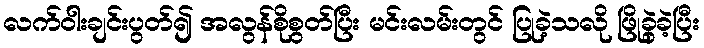
လက်ဝါးချင်းပွတ်၍ အလွန်စိုစွတ်ပြီး မင်းလမ်းတွင် ပြုခဲ့သလို ဖြိုခွဲခဲ့ပြီး